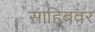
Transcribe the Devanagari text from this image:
साहिबवर